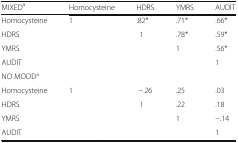
<table><thead><tr><td><b>MIXED<sup>a</sup></b></td><td><b>Homocysteine</b></td><td><b>HDRS</b></td><td><b>YMRS</b></td><td><b>AUDIT</b></td></tr></thead><tbody><tr><td>Homocysteine</td><td>1</td><td>.82*</td><td>.71*</td><td>.66*</td></tr><tr><td>HDRS</td><td></td><td>1</td><td>.78*</td><td>.59*</td></tr><tr><td>YMRS</td><td></td><td></td><td>1</td><td>.56*</td></tr><tr><td>AUDIT</td><td></td><td></td><td></td><td>1</td></tr><tr><td>NO MOOD<sup>a</sup></td><td></td><td></td><td></td><td></td></tr><tr><td>Homocysteine</td><td>1</td><td>−.26</td><td>.25</td><td>.03</td></tr><tr><td>HDRS</td><td></td><td>1</td><td>.22</td><td>.18</td></tr><tr><td>YMRS</td><td></td><td></td><td>1</td><td>−.14</td></tr><tr><td>AUDIT</td><td></td><td></td><td></td><td>1</td></tr></tbody></table>